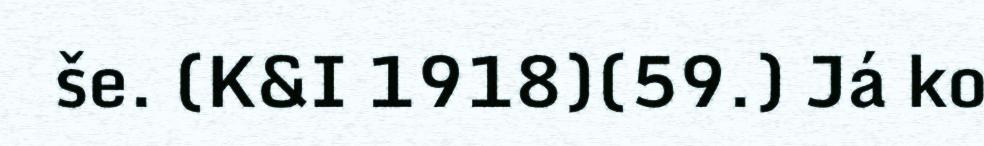
še. (K&I 1918)(59.) Já ko